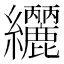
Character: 𮉟